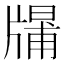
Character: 𤗱